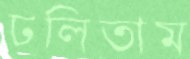
ঢলিতাম